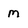
Character: m